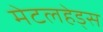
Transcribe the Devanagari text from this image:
मेटलहेड्स